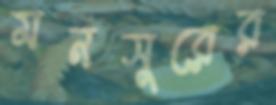
মনসুরের